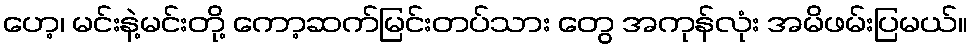
ဟေ့၊ မင်းနဲ့မင်းတို့ ကော့ဆက်မြင်းတပ်သား တွေ အကုန်လုံး အမိဖမ်းပြမယ်။